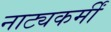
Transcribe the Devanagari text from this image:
नाट्यकर्मीं